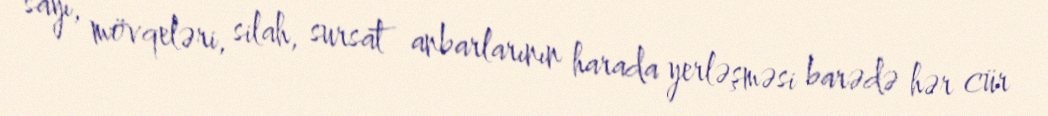
sayı, mövqeləri, silah, sursat anbarlarının harada yerləşməsi barədə hər cür